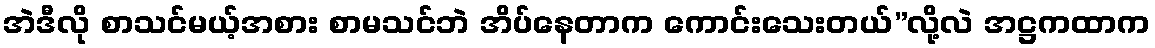
အဲဒီလို စာသင်မယ့်အစား စာမသင်ဘဲ အိပ်နေတာက ကောင်းသေးတယ်”လို့လဲ အဋ္ဌကထာက